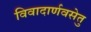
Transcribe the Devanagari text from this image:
विवादार्णवसेतु